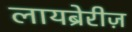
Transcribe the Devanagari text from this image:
लायब्रेरीज़